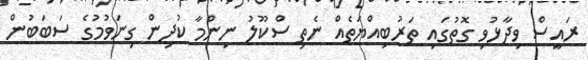
ރައީސް ވިދާޅުވި ގޮތުގައި ތަރުބިއްޔަތެއް ނެތި ސްކޫލު ނިންމާ ކުދިން ގިނަވުމުގެ ސަބަބުން